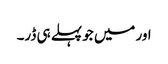
اور میں جو پہلے ہی ڈر۔